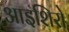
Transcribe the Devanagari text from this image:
आइशिरो